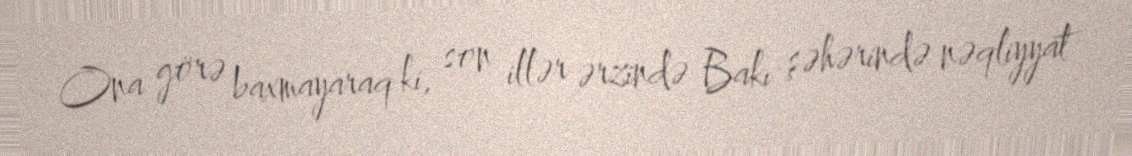
Ona görə baxmayaraq ki, son illər ərzində Bakı şəhərində nəqliyyat